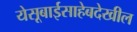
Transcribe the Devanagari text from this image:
येसूबाईसाहेबदेखील